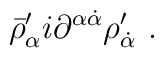
\bar \rho'_\alpha i\partial^{\alpha\dot \alpha}\rho'_{\dot \alpha}\ .